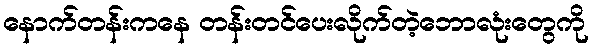
နောက်တန်းကနေ တန်းတင်ပေးလိုက်တဲ့ဘောလုံးတွေကို